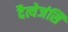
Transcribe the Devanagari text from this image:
दैत्येजंसि